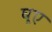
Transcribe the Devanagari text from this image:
घूए